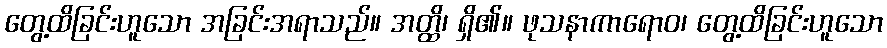
တွေ့ထိခြင်းဟူသော အခြင်းအရာသည်။ အတ္ထိ၊ ရှိ၏။ ဖုသနာကာရောဝ၊ တွေ့ထိခြင်းဟူသော